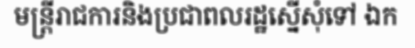
មន្ត្រីរាជការនិងប្រជាពលរដ្ឋស្នើសុំទៅ ឯក